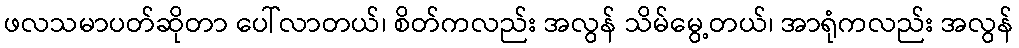
ဖလသမာပတ်ဆိုတာ ပေါ်လာတယ်၊ စိတ်ကလည်း အလွန် သိမ်မွေ့တယ်၊ အာရုံကလည်း အလွန်